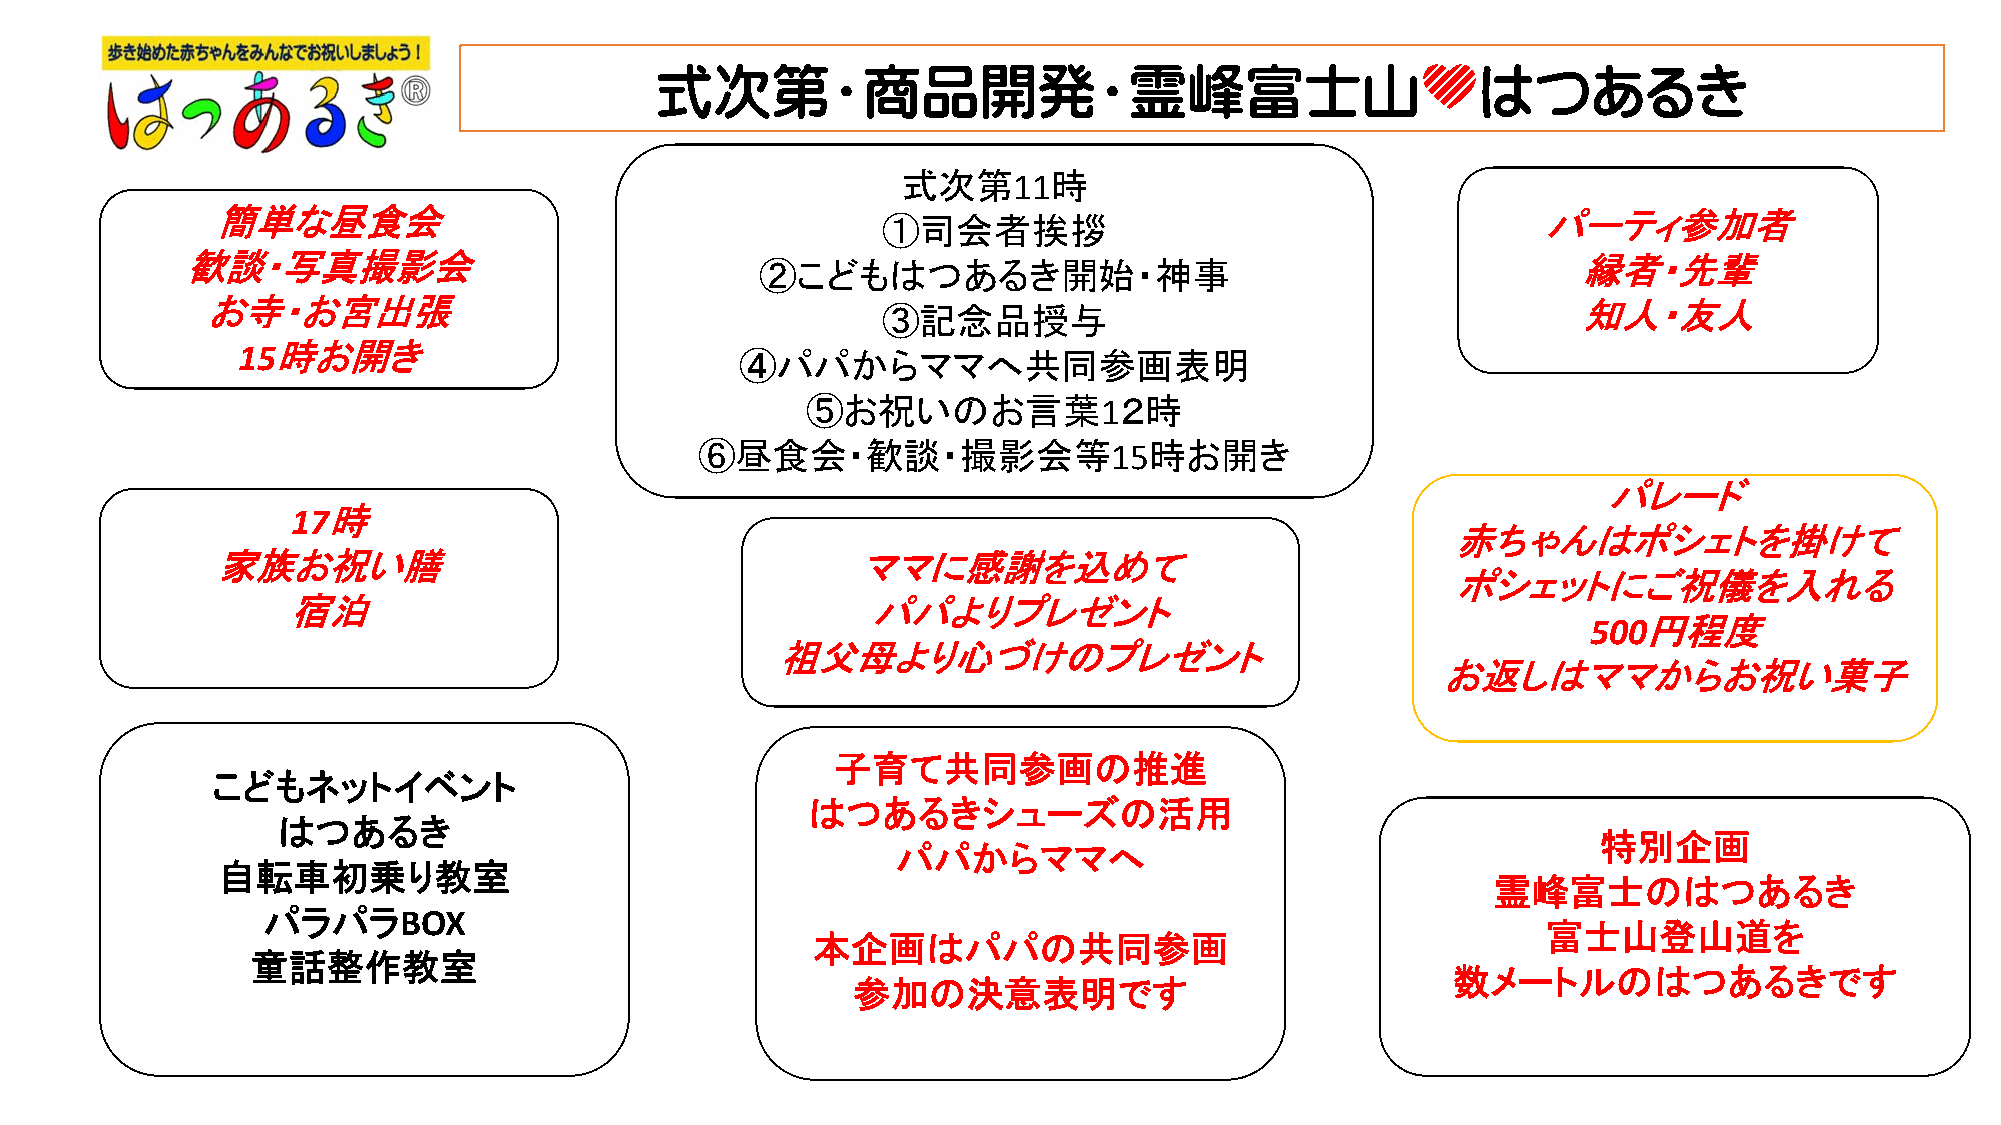
式次第・商品開発・霊峰富士山💛はつあるき
 式次第11時
 簡単な昼食会                                      ①司会者挨拶                                      パーティ参加者
 歓談・写真撮影会                              ②こどもはつあるき開始・神事                                         縁者・先輩
 お寺・お宮出張                                     ③記念品授与                                         知人・友人
 15時お開き
 ④パパからママへ共同参画表明
 ⑤お祝いのお言葉1２時
 ⑥昼食会・歓談・撮影会等15時お開き
 パレード
 17時
 赤ちゃんはポシェトを掛けて
 家族お祝い膳                                     ママに感謝を込めて
 ポシェットにご祝儀を入れる
 宿泊                                     パパよりプレゼント
 500円程度
 祖父母より心づけのプレゼント
 お返しはママからお祝い菓子
 子育て共同参画の推進
 こどもネットイベント
 はつあるきシューズの活用
 はつあるき
 特別企画
 パパからママへ
 自転車初乗り教室
 霊峰富士のはつあるき
 パラパラBOX
 富士山登山道を
 本企画はパパの共同参画
 童話整作教室
 数メートルのはつあるきです
 参加の決意表明です